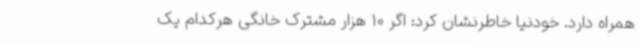
همراه دارد. خودنیا خاطرنشان کرد: اگر 10 هزار مشترک خانگی هرکدام یک